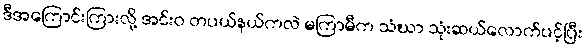
ဒီအကြောင်းကြားလို့ အင်းဝ တပယ်နယ်ကလဲ မကြာမီက သံဃာ သုံးဆယ်လောက်ပင့်ပြီး